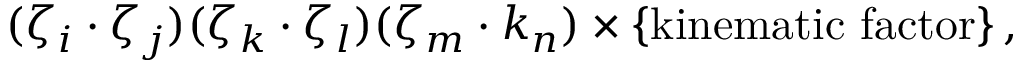
( \zeta _ { i } \cdot \zeta _ { j } ) ( \zeta _ { k } \cdot \zeta _ { l } ) ( \zeta _ { m } \cdot k _ { n } ) \times \{ \mathrm { k i n e m a t i c ~ f a c t o r } \} \, ,